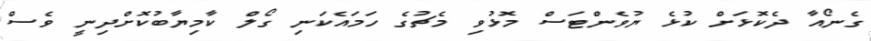
ގެނޯއާ ދެކޮޅަށް ކުޅެ ޔުވެންޓަސް މޮޅުވި މެޗުގެ ހަމައެކަނި ގޯލް ކާމިޔާބުކޮށްދިނީ ވެސް